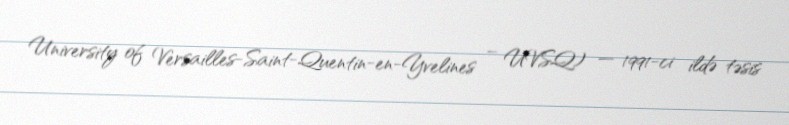
University of Versailles-Saint-Quentin-en-Yvelines – UVSQ) — 1991-ci ildə təsis